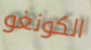
الكونغو